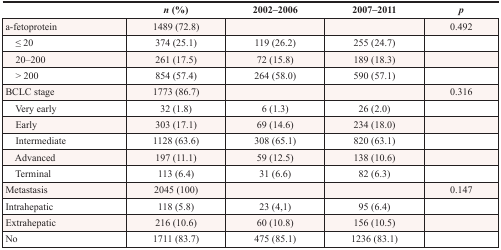
|  | n (%) | 2002–2006 | 2007–2011 | p |
 | --- | --- | --- | --- | --- |
 | a-fetoprotein | 1489 (72.8) |  |  | 0.492 |
 | ≤ 20 | 374 (25.1) | 119 (26.2) | 255 (24.7) |  |
 | 20–200 | 261 (17.5) | 72 (15.8) | 189 (18.3) |  |
 | >200 | 854 (57.4) | 264 (58.0) | 590 (57.1) |  |
 | BCLC stage | 1773 (86.7) |  |  | 0.316 |
 | Very early | 32 (1.8) | 6 (1.3) | 26 (2.0) |  |
 | Early | 303 (17.1) | 69 (14.6) | 234 (18.0) |  |
 | Intermediate | 1128 (63.6) | 308 (65.1) | 820 (63.1) |  |
 | Advanced | 197 (11.1) | 59 (12.5) | 138 (10.6) |  |
 | Terminal | 113 (6.4) | 31 (6.6) | 82 (6.3) |  |
 | Metastasis | 2045 (100) |  |  | 0.147 |
 | Intrahepatic | 118 (5.8) | 23 (4,1) | 95 (6.4) |  |
 | Extrahepatic | 216 (10.6) | 60 (10.8) | 156 (10.5) |  |
 | No | 1711 (83.7) | 475 (85.1) | 1236 (83.1) |  |